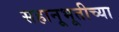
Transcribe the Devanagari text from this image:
सहानूभूतीच्या